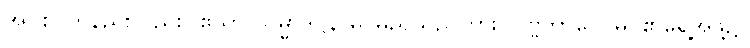
အပိစ၊ တနည်းလည်း။ ဧသာ သမ္မာဒိဋ္ဌိနာမ၊ မည်သည်ကား။ ပုဗ္ဗဘာဂေ၊ မဂ်၏ရှေ့အဖို့၌။